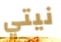
نيتي